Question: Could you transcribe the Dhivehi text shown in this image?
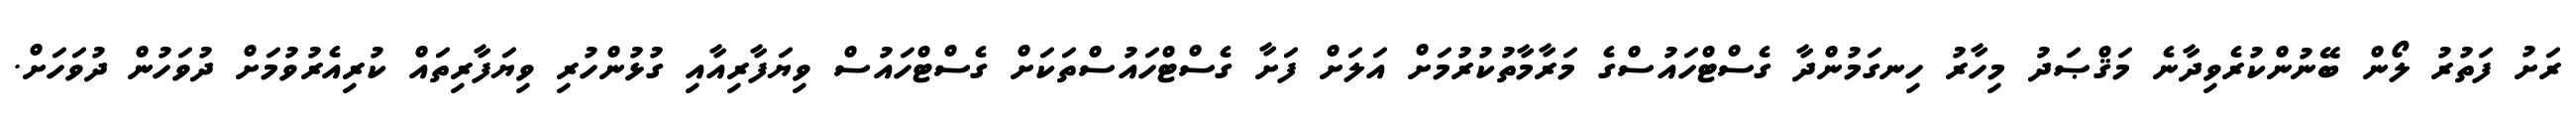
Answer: ރަށު ފަތުރު ލޯން ބޭނުންކުރެވިދާނެ މަޤްޞަދު މިހާރު ހިނގަމުންދާ ގެސްޓްހައުސްގެ މަރާމާތުކުރުމަށް އަލަށް ފަށާ ގެސްޓްހައުސްތަކަށް ގެސްޓްހައުސް ވިޔަފާރިއާއި ގުޅުންހުރި ވިޔަފާރިތައް ކުރިއެރުވުމަށް ދުވަހުން ދުވަހަށް.